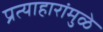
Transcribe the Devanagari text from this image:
प्रत्याहारांमुळे